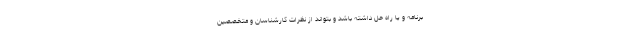
برنامه و یا راه حل داشته باشد و بتواند از نظرات کارشناسان و متخصصین